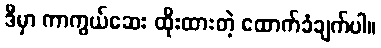
ဒီမှာ ကာကွယ်ဆေး ထိုးထားတဲ့ ထောက်ခံချက်ပါ။